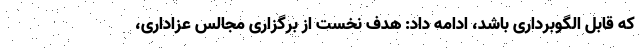
که قابل الگوبرداری باشد، ادامه داد: هدف نخست از برگزاری مجالس عزاداری،